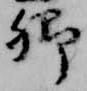
卿